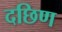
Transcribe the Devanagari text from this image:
दछिण